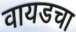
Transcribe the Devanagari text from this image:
वायडचा